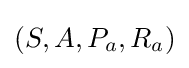
(S,A,P_{a},R_{a})